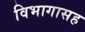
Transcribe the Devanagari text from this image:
विभागासह